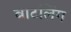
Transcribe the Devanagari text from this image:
बाटलिंग